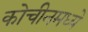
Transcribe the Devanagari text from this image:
कोचीनमध्ये